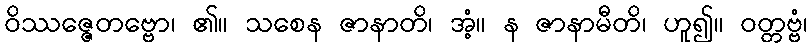
ဝိဿဇ္ဇေတဗ္ဗော၊ ၏။ သစေန ဇာနာတိ၊ အံ့။ န ဇာနာမီတိ၊ ဟူ၍။ ဝတ္တဗ္ဗံ၊